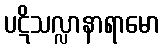
ပဋိသလ္လာနာရာမော